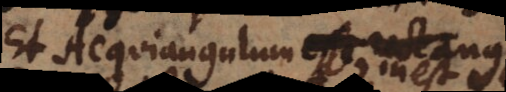
et Aequiangulum inest rectangulo,